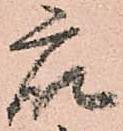
衆